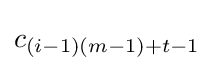
c_{(i-1)(m-1)+t-1}